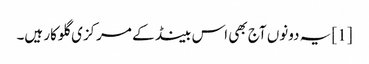
[1] یہ دونوں آج بھی اس بینڈ کے مرکزی گلوکار ہیں۔